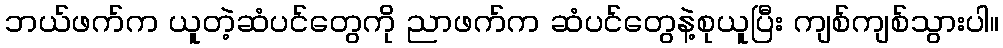
ဘယ်ဖက်က ယူတဲ့ဆံပင်တွေကို ညာဖက်က ဆံပင်တွေနဲ့စုယူပြီး ကျစ်ကျစ်သွားပါ။